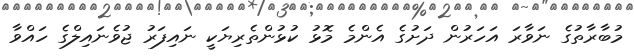
މުބާރާތުގެ ނަވާރަ އަހަރުން ދަށުގެ އެންމެ މޮޅު ކުޅުންތެރިޔަކީ ނައިފަރު ޖުވެނައިލްގެ ހައްވާ